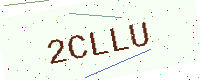
Text: 2CLLU